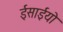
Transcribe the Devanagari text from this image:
ईसाईयो